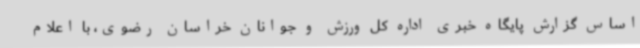
اساس گزارش پایگاه خبری اداره کل ورزش و جوانان خراسان رضوی، با اعلام